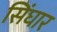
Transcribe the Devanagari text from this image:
सिंघार